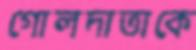
গোলদাতাকে